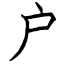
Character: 户